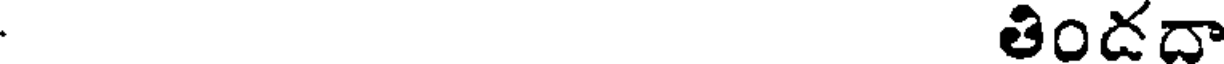
తిందదా